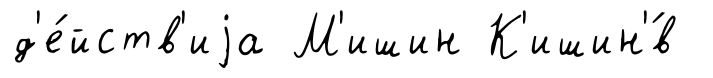
д'е́йств'иjа М'ишин К'ишин'́в